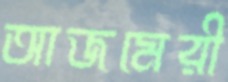
আজমেরী